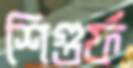
শিগুর্ফ